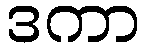
ဒကာ